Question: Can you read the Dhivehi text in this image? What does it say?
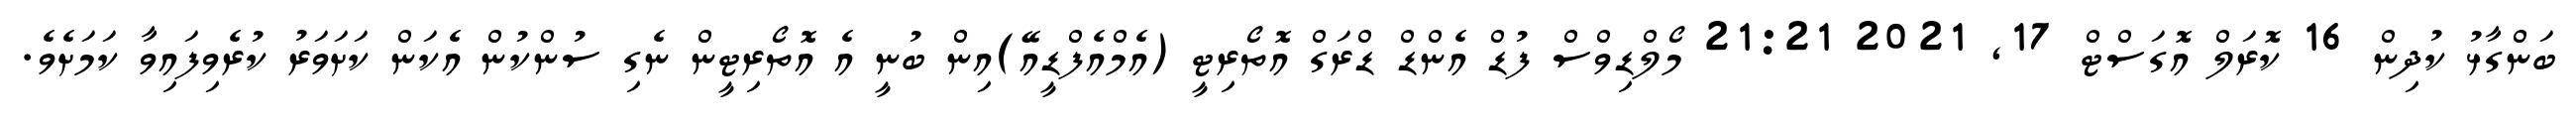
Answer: ބަންގާޅު ކުދިން 16 ކޮރަލް އޮގަސްޓް 17, 2021 21:21 މޯލްޑިވްސް ފުޑް އެންޑް ޑްރަގް އޮތޯރިޓީ (އެމްއެފްޑީއޭ)އިން ބުނީ އެ އޮތޯރިޓީން ނެގި ސުންކުން އެކަން ކަށަވަރު ކުރެވިފައިވާ ކަމަށެވެ.